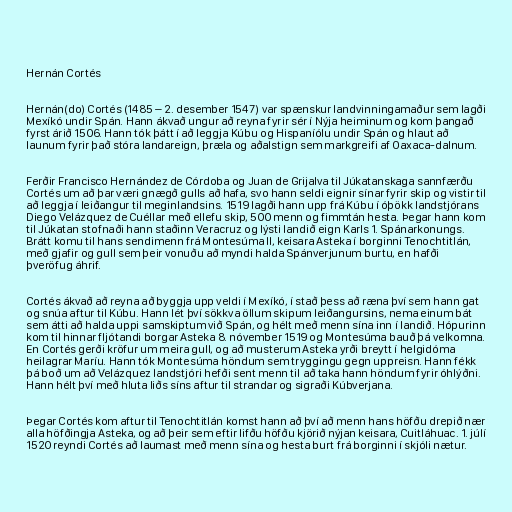
Hernán Cortés

Hernán(do) Cortés (1485 – 2. desember 1547) var spænskur landvinningamaður sem lagði
Mexíkó undir Spán. Hann ákvað ungur að reyna fyrir sér í Nýja heiminum og kom þangað
fyrst árið 1506. Hann tók þátt í að leggja Kúbu og Hispaníólu undir Spán og hlaut að
launum fyrir það stóra landareign, þræla og aðalstign sem markgreifi af Oaxaca-dalnum.

Ferðir Francisco Hernández de Córdoba og Juan de Grijalva til Júkatanskaga sannfærðu
Cortés um að þar væri gnægð gulls að hafa, svo hann seldi eignir sínar fyrir skip og vistir til
að leggja í leiðangur til meginlandsins. 1519 lagði hann upp frá Kúbu í óþökk landstjórans
Diego Velázquez de Cuéllar með ellefu skip, 500 menn og fimmtán hesta. Þegar hann kom
til Júkatan stofnaði hann staðinn Veracruz og lýsti landið eign Karls 1. Spánarkonungs.
Brátt komu til hans sendimenn frá Montesúma II, keisara Asteka í borginni Tenochtitlán,
með gjafir og gull sem þeir vonuðu að myndi halda Spánverjunum burtu, en hafði
þveröfug áhrif.

Cortés ákvað að reyna að byggja upp veldi í Mexíkó, í stað þess að ræna því sem hann gat
og snúa aftur til Kúbu. Hann lét því sökkva öllum skipum leiðangursins, nema einum bát
sem átti að halda uppi samskiptum við Spán, og hélt með menn sína inn í landið. Hópurinn
kom til hinnar fljótandi borgar Asteka 8. nóvember 1519 og Montesúma bauð þá velkomna.
En Cortés gerði kröfur um meira gull, og að musterum Asteka yrði breytt í helgidóma
heilagrar Maríu. Hann tók Montesúma höndum sem tryggingu gegn uppreisn. Hann fékk
þá boð um að Velázquez landstjóri hefði sent menn til að taka hann höndum fyrir óhlýðni.
Hann hélt því með hluta liðs síns aftur til strandar og sigraði Kúbverjana.

Þegar Cortés kom aftur til Tenochtitlán komst hann að því að menn hans höfðu drepið nær
alla höfðingja Asteka, og að þeir sem eftir lifðu höfðu kjörið nýjan keisara, Cuitláhuac. 1. júlí
1520 reyndi Cortés að laumast með menn sína og hesta burt frá borginni í skjóli nætur.